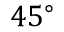
4 5 ^ { \mathrm { \circ } }